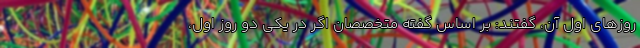
روزهای اول آن، گفتند: بر اساس گفته متخصصان اگر در یکی دو روز اول،